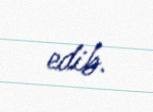
edib.